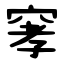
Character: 窙